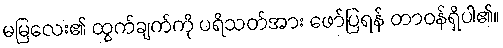
မမြလေး၏ ထွက်ချက်ကို ပရိသတ်အား ဖော်ပြရန် တာဝန်ရှိပါ၏။